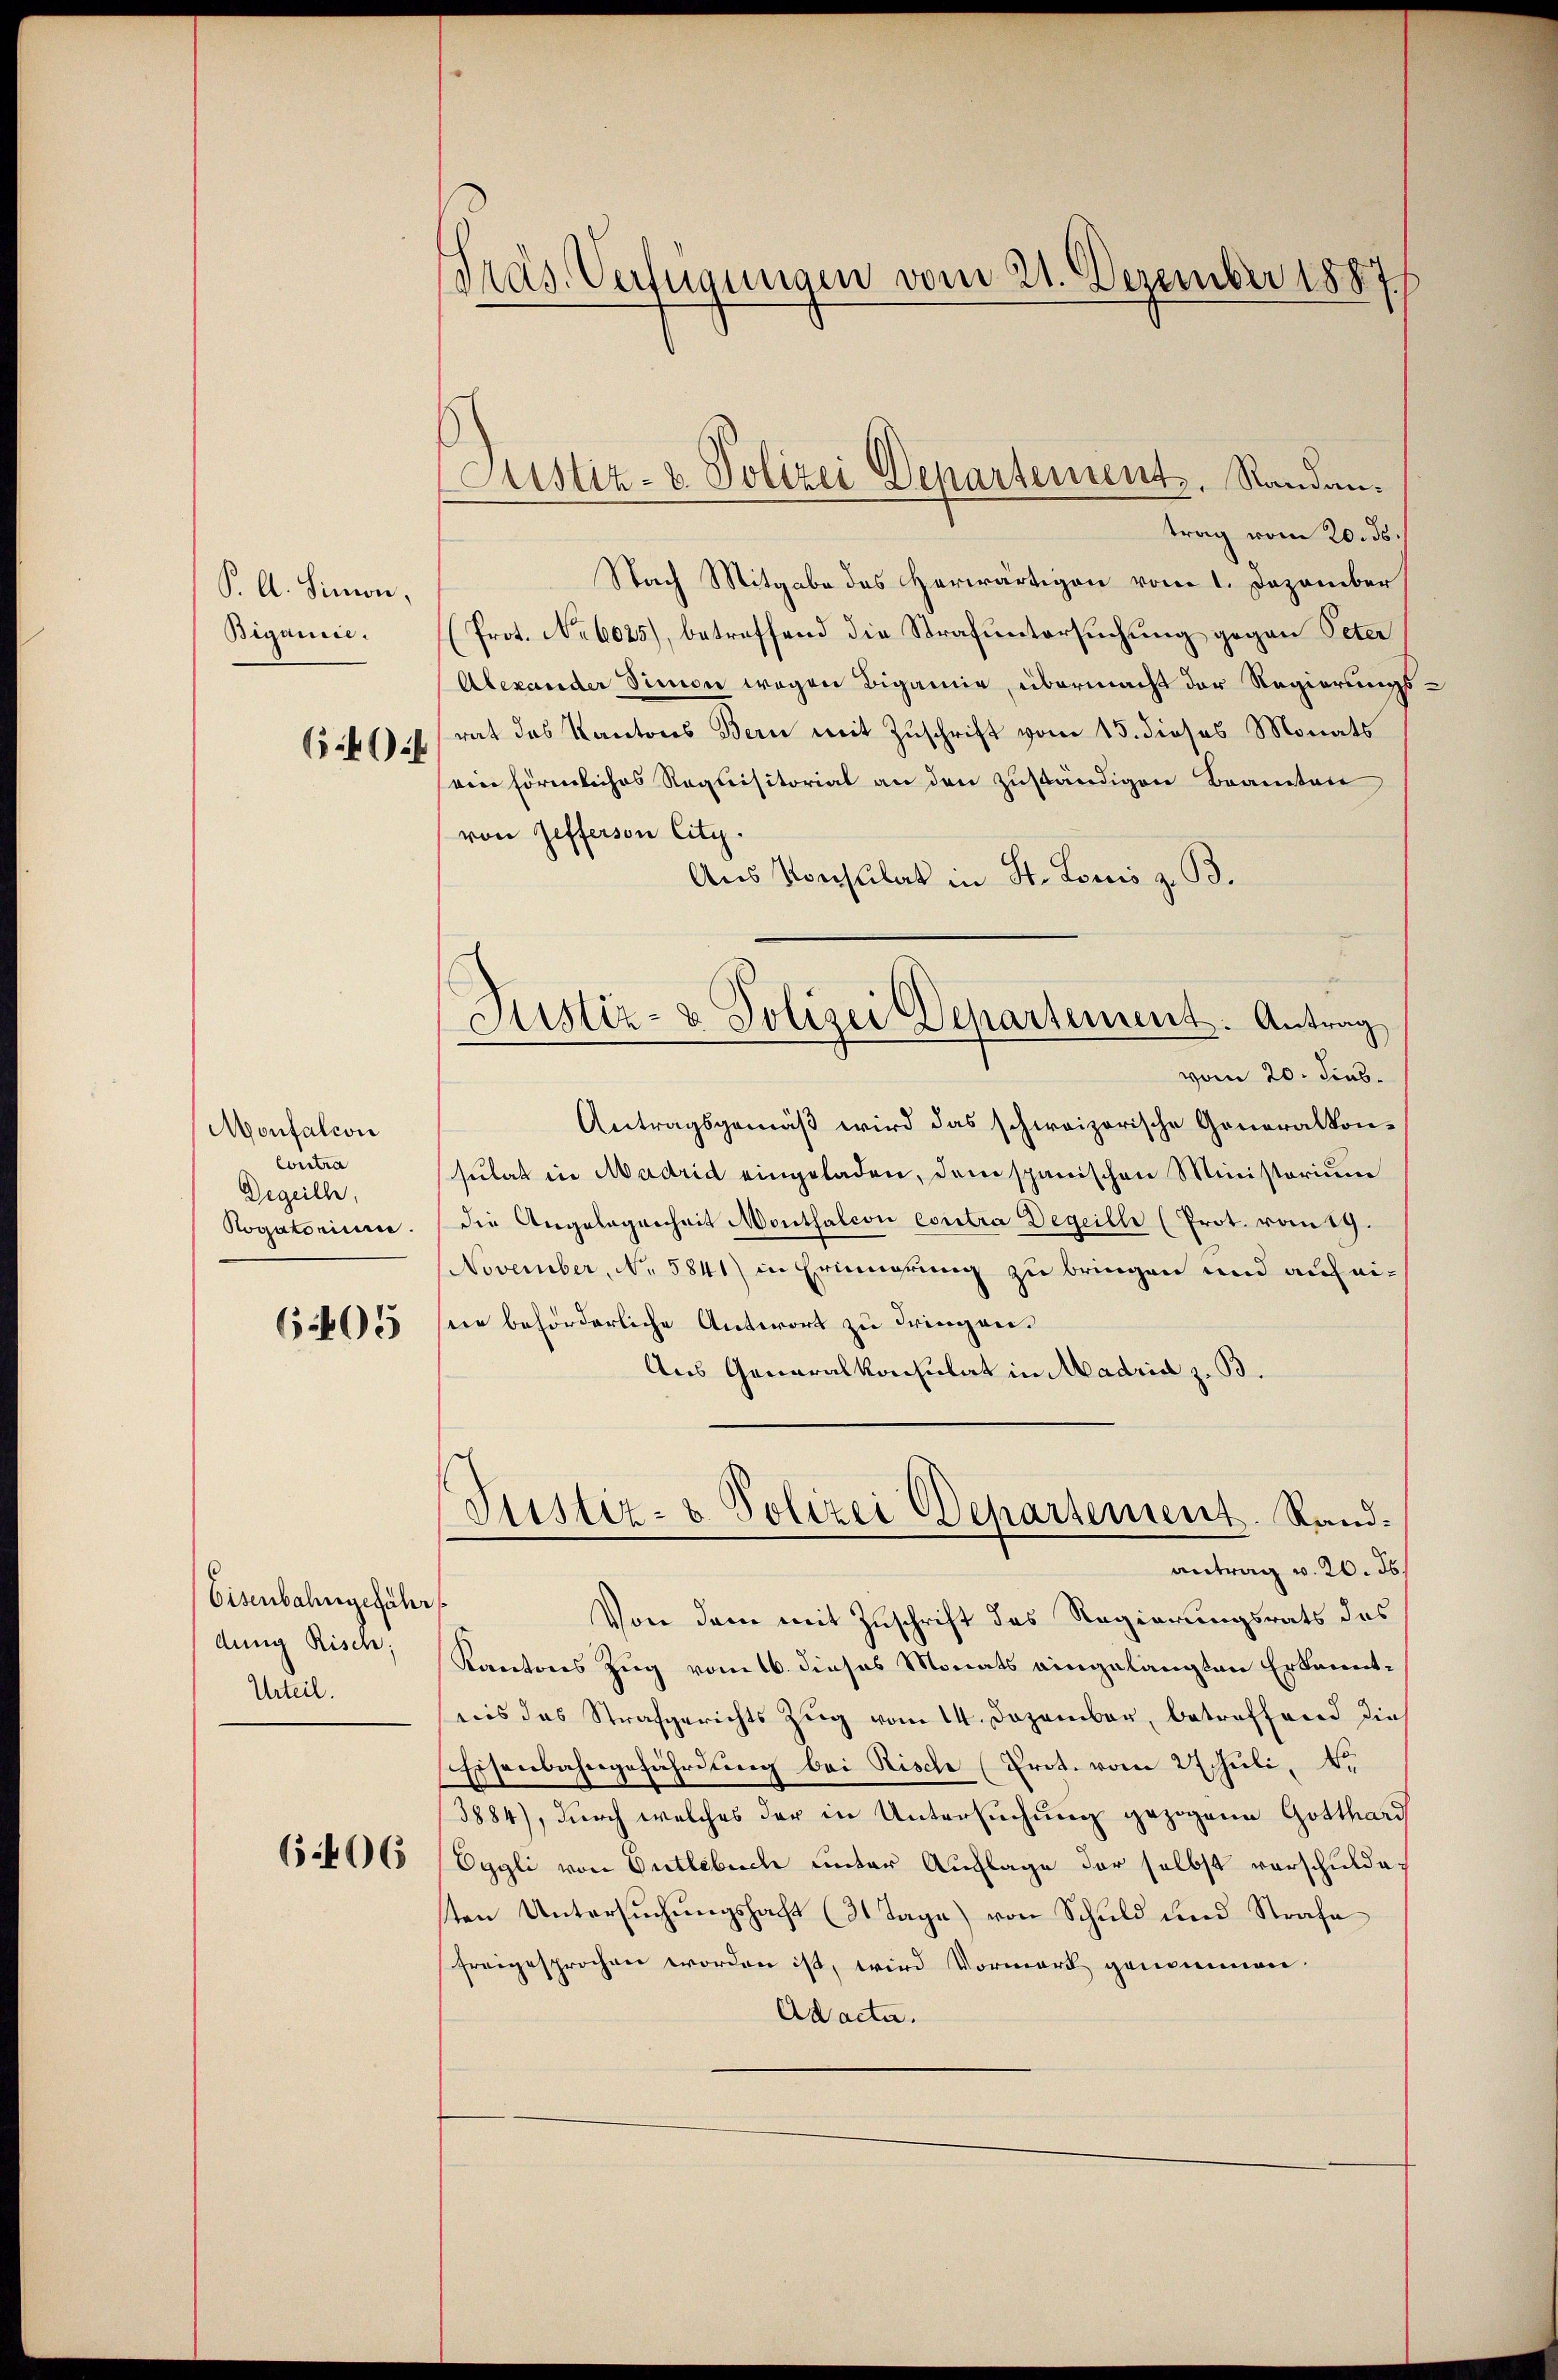
P. A. Simon,
Bigamie.

54).

Monfalcon
Contra
Degeilh
Rogatorium.

6405

Eisenbahngefähr
dung Risch;
Urteil.

6406

Präs. Verfügungen vom 21. Dezember 1887

Justiz- & Polizei Departement, Randan¬

trag vom 20. ds.
Nach Mitgabe des Herwärtigen vom 1. Dezember
(Prot. No 6025), betreffend die Strafuntersuchung gegen Peter
Alexander Simon wegen Bigamie, übermacht der Regierungsrat das Kantons Bern mit Zuschrift vom 15. dieses Monats
ein förmliches Requisitorial an den zuständigen Brauten
von Zifferson Citz.
Aus Konsulat in St. Louis z. B.
vom 20. Jens.
Antragsgemäß wird das schweizerische Generalkonsulat in Madrid eingeladen, dem spanischen Ministorium
die Angelegenheit Monthalcon contra Degeille (Prot. vom 19.
November, No. 5841) in Erinnerung zu bringen und auf eisie behörderliche Antwort zu dringen.
Aus Generalkonsulat in Madrid z. B.
Justiz- & Polizei Departement. Rand.
antrag v. 20. ds
Von dem mit Zuschrift des Regierungsrats das
Kantones Zug vom 16. dieses Monats eingelangten Erkanntweis das Strafgerichts Zŭg vom 14. Dezember, betreffend die
Eisenbahngefährdung bei Rische (Prot. vom 27 Juli, N.
3884), durch welches der in Untersuchung gezogene Gotthard
Eggli von Entlebuch unter Auflage der selbst verschuldaten Untersuchungsfacht (31 Tage) von Schuld und Strafe
freigesprochen worden ist, wird Vormerk genommen.
Ad acta.

Justiz- & Polizei Departement. Antrag